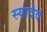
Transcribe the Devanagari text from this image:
स्यादेवं